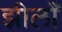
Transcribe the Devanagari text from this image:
झीलोँ